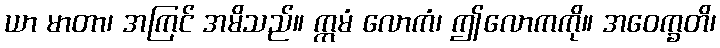
ယာ မာတာ၊ အကြင် အမိသည်။ ဣမံ လောကံ၊ ဤလောကကို။ အဝေက္ခတိ၊